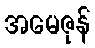
အမေဇုန်